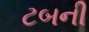
ટબની